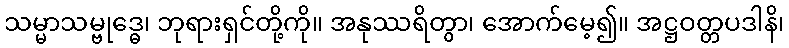
သမ္မာသမ္ဗုဒ္ဓေ၊ ဘုရားရှင်တို့ကို။ အနုဿရိတွာ၊ အောက်မေ့၍။ အဋ္ဌဝတ္တပဒါနိ၊